Cholera in India, 1862 to 1881
Year: 1862
Disease focus: Cholera
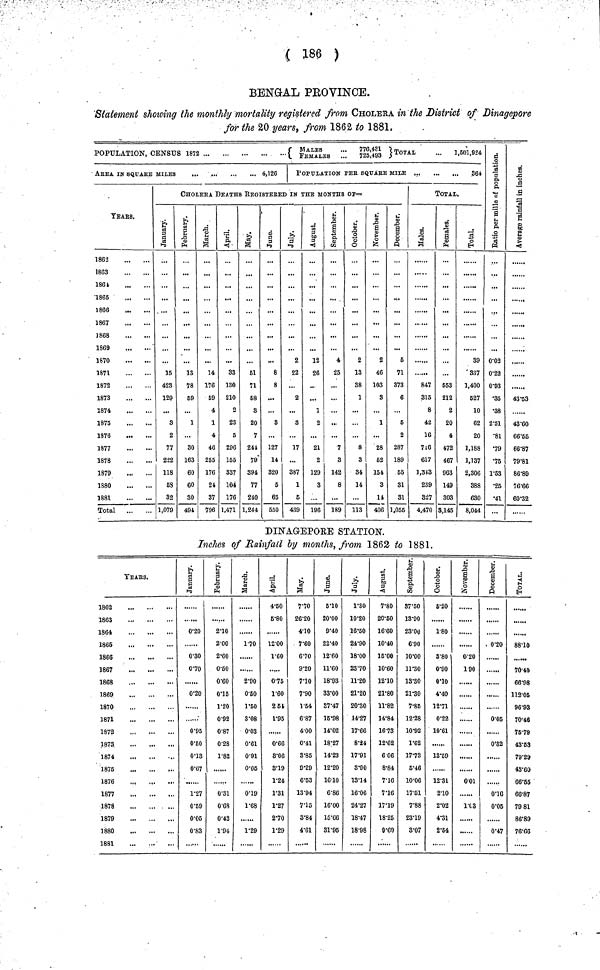
( 186 )
BENGAL PROVINCE.
Statement showing the monthly mortality registered from CHOLERA in the District of Dinagepore
for the 20 years, from 1862 to 1881.
POPULATION, CENSUS 1872
{
MALES FeMALES "' 776,431 725,493 } TOTAL -
1,601,924
AREA IN sQUARE MILES
4,126
YEARS.
1862
1863
1861
1865
1866
1867
1868
1869
1870
1871
1872
1873
1874
1875
1876
1877
1878
1879
1880
1881
Total
POPULATION PEE SQUArE MILE
864
CHOLErA DEATHS rEGISTErED iN THE MONTHS of—
January.
15
423
129
3
2
77
222
118
63
32
1,079
February.
13
78
69
1
30
163
60
60
30
494
March.
14
176
59
4
1
4
46
255
176
24
37
796
33
130
210
2
23
5
296
155
337
104
176
1,471
May.
61
71
58
8
20
7
244
79
394
77
240
1,244
June.
8
8
...
...
3
127
14
820
6
65
650
July.
2
22
2
...
3
17
...
387
1
6
439
August.
12
26
...
...
1
2
21
2
129
3
196
September.
4
25
...
...
7
3
142
8
...
189
October.
2
13
38
1
8
3
34
14
113
November.
2
46
103
3
1
28
62
154
3
14
406
5
71
373
6
5
2
287
189
55
31
31
1,055
TOTAL.
Males.
847
315
8
42
16
716
617
1,343
239
327
4,470
Females.
...
653
212
2
20
4
472
467
963
149
303
3,145
Total.
39
337
1,400
527
10
62
20
1,188
1,137
2,306
388
630
8,044
0.02
0.22
0.93
•35
•38
2.51
•81
•79
•75
1.53
•26
•41
...
,,,,.,
......
43.53
43.60
66.55
66.87
79.81
86.89
76.66
60.32
DINAGEPORE STATION.
Inches of Rainfall by months, from 1862 to 1881.
YEARS.
1862
1863
1864
1865
1866
1867
1868
1869
1870
1871
1872
1873
1874
1876
1876
1877
1878
1879
1880
1881
0.20
0.30
0.70
0.20
0.95
0.50
0.13
0.67
1.27
0.59
0.05
0.83
Februwary.
2.10
2.00
2.60
0.50
0.60
0.15
1.20
0.92
0.87
0.28
1.82
0.31
0.68
0.42
1.94
March.
1-70
2.90
0.50
1.50
3.08
0.03
0.61
0.91
0.05
0.19
1.68
1.29
4.50
5.80
12.00
1.60
0.75
1.60
2 51
1.95
0.66
8'06
3.19
1.24
1.31
1.27
2.70
1.29
7.70
26.20
4.10
7.60
6.70
9.20
7.10
7.90
1.54
6.87
4.00
0.41
3.85
9.29
6.53
13.94
7.15
3.84
4.61
6.10
20.00
9.40
22.40
12.60
11.60
18.93
33.00
37.47
15-98
14.02
18.27
14.23
12.20
1610
6.86
16.00
15.66
31.95
July.
1.30
10.20
16.50
24.90
18.00
23.70
11.20
21.20
20.30
14.27
17.66
8.24
17.91
3.90
13.14
16.06
24.27
18.47
18.98
August.
7.80
20.50
16.60
10.40
15.00
10.60
12.10
21.80
11.82
14.84
16.73
12.62
6 06
8.84
7.16
7.16
17.19
18.25
9.69
87.60
13.90
23.00
6.90
10.00
11.30
13.30
21.30
7.85
12.28
10.92
1.62
17.73
5.46
10.06
17.51
7.88
23.19
3.07
October.
6.20
1.80
3.80
0.90
0.10
4.40
1271
0.22
10.61
13.59
12.81
2.10
2.02
4.31
2.54
0.20
1 90
......
0.01
1.03
December.
0.20
0.05
0'82
0.16
0.05
0.47
Total.
88.10
70.40
66.98
112.05
96.93
70.46
75.79
43.53
79.29
48.60
66.65
66.87
79 81
86.89
76.66